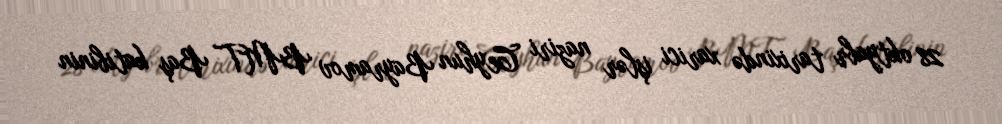
28 oktyabr tarixində xarici işlər naziri Ceyhun Bayramov BMT Baş katibinin